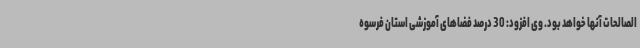
الصالحات آنها خواهد بود. وی افزود: 30 درصد فضاهای آموزشی استان فرسوه